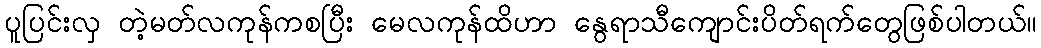
ပူပြင်းလှ တဲ့မတ်လကုန်ကစပြီး မေလကုန်ထိဟာ နွေရာသီကျောင်းပိတ်ရက်တွေဖြစ်ပါတယ်။